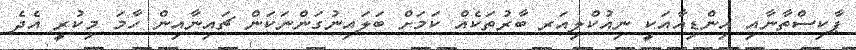
ޕާކިސްތާނާއި އިންޑިއާއަކީ ނިއުކްލިއަރ ބާރުތަކެއް ކަމަށް ބަލައިނުގަންނަކަން ޗައިނާއިން ހާމަ މިކުރީ އެދެ